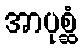
အာပုစ္ဆံ